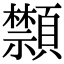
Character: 䫴